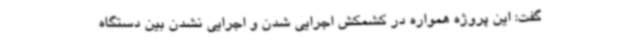
گفت: این پروژه همواره در کشمکش اجرایی شدن و اجرایی نشدن بین دستگاه